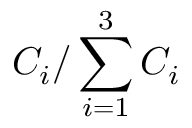
C _ { i } / \sum _ { i = 1 } ^ { 3 } C _ { i }